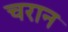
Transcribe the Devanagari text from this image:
चरान